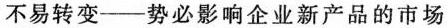
不易转变--势必影响企业新产品的市场